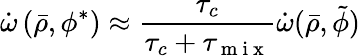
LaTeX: \dot{\omega}\left(\bar{\rho},\phi^{*}\right)\approx\frac{\tau_{c}}{\tau_{c}+\tau_{\mathrm{~m~i~x~}}}\dot{\omega}(\bar{\rho},\tilde{\phi})